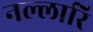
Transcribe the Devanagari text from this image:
नल्लारि